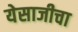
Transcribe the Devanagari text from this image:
येसाजीचा